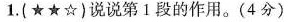
1.{★★☆)说说第1段的作用。(4分)